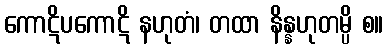
ကောဋိပကောဋိ နဟုတံ၊ တထာ နိန္နဟုတမ္ပိ စ။